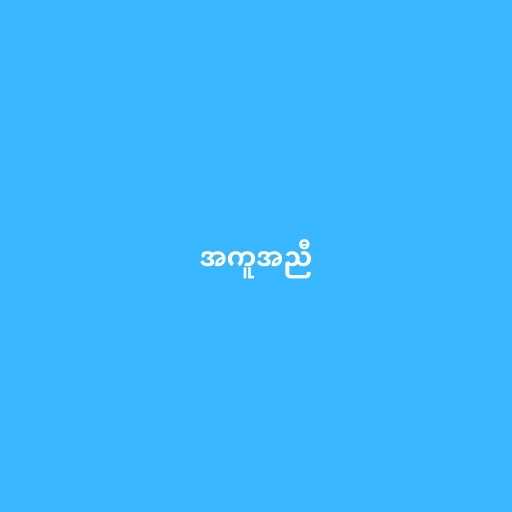
အကူအညီ